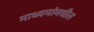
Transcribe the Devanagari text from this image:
माध्यमांमधील